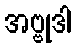
အဗ္ဗုဒါ